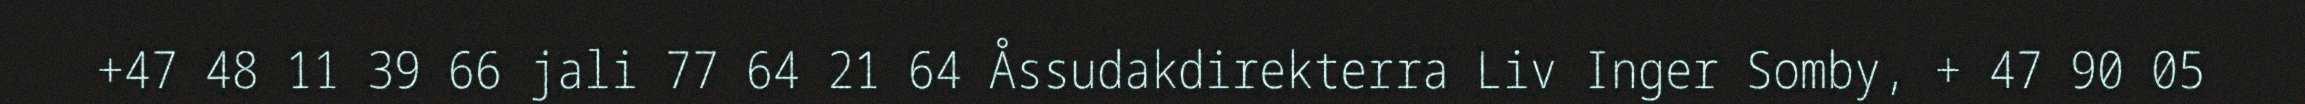
+47 48 11 39 66 jali 77 64 21 64 Åssudakdirekterra Liv Inger Somby, + 47 90 05